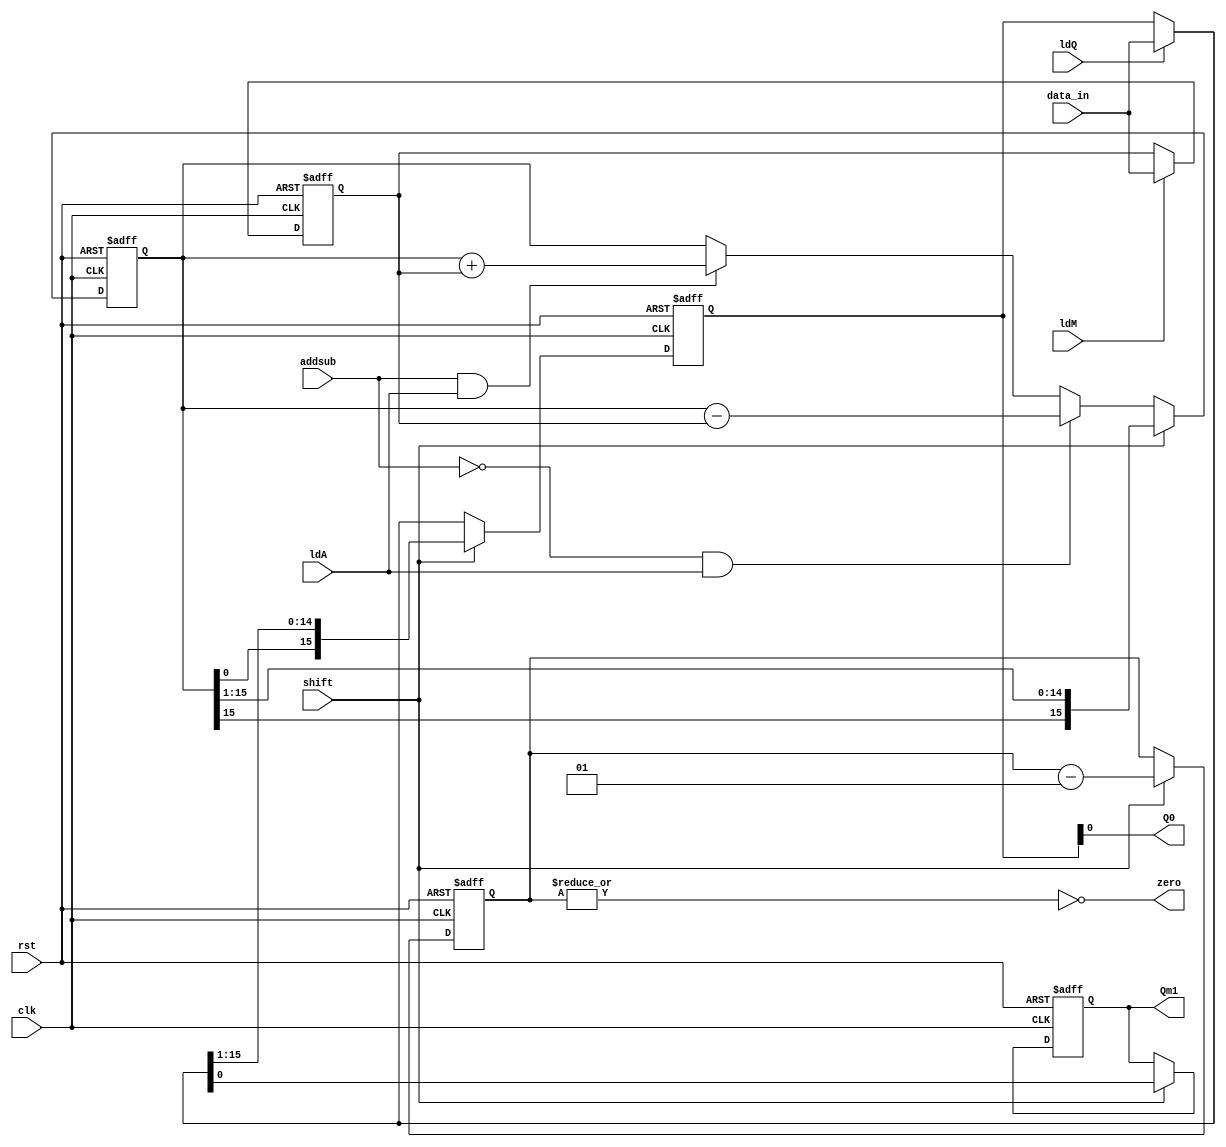
module data_path (
    input [15:0]data_in,input rst,clk,shift,addsub,ldQ,ldM,ldA,output Q0,zero,output reg Qm1
);
    reg [15:0]A,Q,M;
    integer count; 

    assign Q0 = Q[0];
    assign zero = ~|count;


    always @(posedge clk, posedge rst) begin
        if(rst) begin
            A <= 15'b0;
            Q <= 15'b0;
            M <= 15'b0;
            Qm1 <= 1'b0;
            count = 16;
        end
        else begin
            if(ldM) begin
                M <= data_in;
            end
            if(ldQ) Q = data_in;
            if(addsub == 1'b1 && ldA) begin
                A <= A + M;
            end
            if(addsub == 1'b0 && ldA) begin
                A <= A - M;
            end
            if(shift)begin 
                A <= {A[15],A[15:1]};
                Q <= {A[0],Q[15:1]};
                Qm1 <= Q[0];  
                count <= count - 1;
        end
        end
    end
endmodule